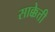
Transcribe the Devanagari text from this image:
साक्केत्ती